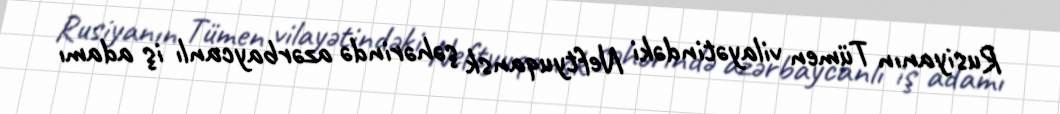
Rusiyanın Tümen vilayətindəki Neftyuqansk şəhərində azərbaycanlı iş adamı